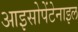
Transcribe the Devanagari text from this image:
आइसोपेंटेनाइल